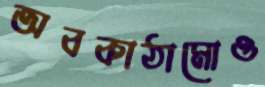
অবকাঠামোও